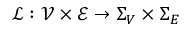
\mathcal { L } : \mathcal { V } \times \mathcal { E } \to \Sigma _ { V } \times \Sigma _ { E }